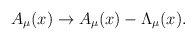
\begin{align*}A_\mu (x)\rightarrow A_\mu (x) - \Lambda_\mu (x).\end{align*}